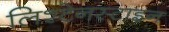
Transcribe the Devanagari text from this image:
लिश्टेनस्टाइन